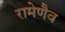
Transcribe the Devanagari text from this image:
रामेणैव